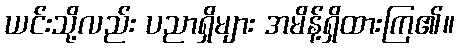
ယင်းသို့လည်း ပညာရှိများ အမိန့်ရှိထားကြ၏။